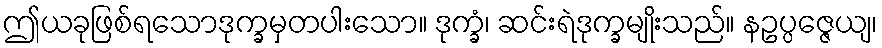
ဤယခုဖြစ်ရသောဒုက္ခမှတပါးသော။ ဒုက္ခံ၊ ဆင်းရဲဒုက္ခမျိုးသည်။ နဥပ္ပဇ္ဇေယျ၊